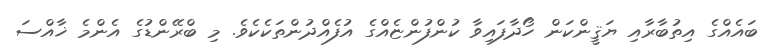
ބައެއްގެ އިތުބާރާއި ޔަޤީންކަން ހޯދާފައިވާ ކުންފުންޏެއްގެ އުފެއްދުންތަކެކެވެ. މި ބްރޭންޑުގެ އެންމެ ޚާއްސަ